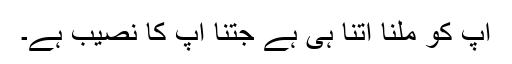
آپ کو ملنا اُتنا ہی ہے جتنا آپ کا نصیب ہے۔